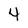
Character: 4